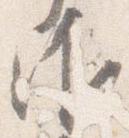
御